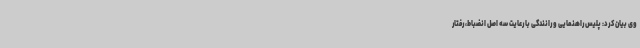
وی بیان کرد: پلیس راهنمایی و رانندگی با رعایت سه اصل انضباط، رفتار